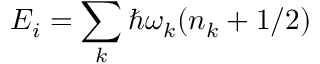
E _ { i } = \sum _ { k } \hbar \omega _ { k } ( n _ { k } + 1 / 2 )